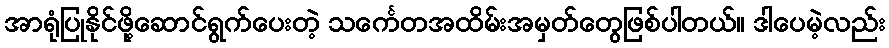
အာရုံပြုနိုင်ဖို့ဆောင်ရွက်ပေးတဲ့ သင်္ကေတအထိမ်းအမှတ်တွေဖြစ်ပါတယ်။ ဒါပေမဲ့လည်း